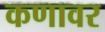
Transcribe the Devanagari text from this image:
कणावर